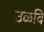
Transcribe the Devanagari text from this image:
उळवि